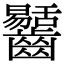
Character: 𪙶